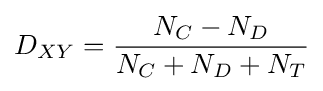
D_{XY}={\frac {N_{C}-N_{D}}{N_{C}+N_{D}+N_{T}}}